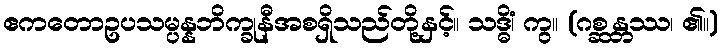
ဧကတောဥပသမ္ပန္နဘိက္ခုနီအစရှိသည်တို့နှင့်။ သဒ္ဓိံ၊ ကွ။ (ဂစ္ဆန္တဿ၊ ၏။)